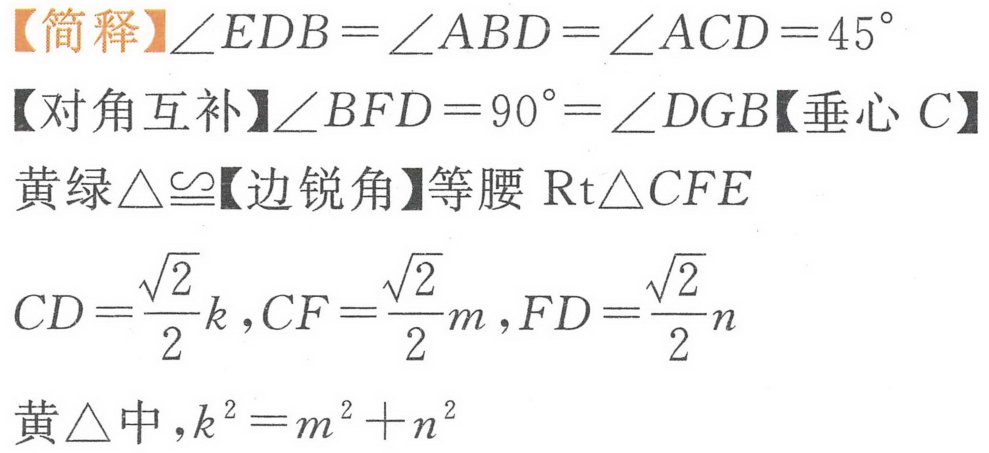
【简释】\(\angle EDB=\angle ABD = \angle ACD=45^{\circ}\)
【对角互补】\(\angle BFD = 90^{\circ}=\angle DGB\)【垂心\(C\)】
黄绿\(\triangle\cong\)【边锐角】等腰\(\text{Rt}\triangle CFE\)
\(CD=\frac{\sqrt{2}}{2}k,CF = \frac{\sqrt{2}}{2}m,FD=\frac{\sqrt{2}}{2}n\)
黄\(\triangle\)中，\(k^{2}=m^{2}+n^{2}\)